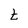
Character: t